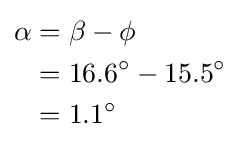
{\begin{aligned}\alpha &=\beta -\phi \\&=16.6^{\circ }-15.5^{\circ }\\&=1.1^{\circ }\\\end{aligned}}